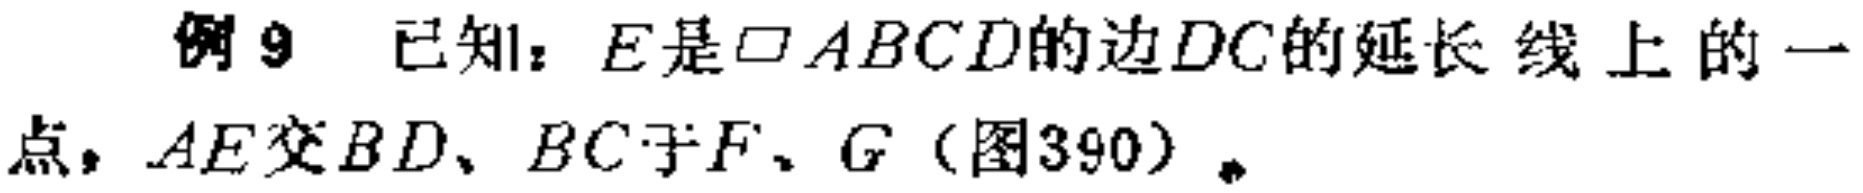
例9 已知：$E$是$\square ABCD$的边$DC$的延长线上的一点，$AE$交$BD$、$BC$于$F$、$G$（图390）。